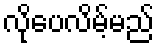
လိုပေလိမ့်မည်